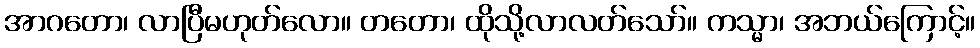
အာဂတော၊ လာပြီမဟုတ်လော။ တတော၊ ထိုသို့လာလတ်သော်။ ကသ္မာ၊ အဘယ်ကြောင့်။